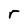
Character: r